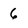
Character: 6